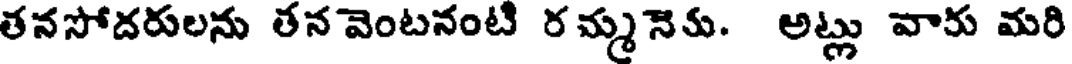
తనసోదరులను తన వెంటనంటి ర మ్మ నెకు. అట్లు వారు మరి